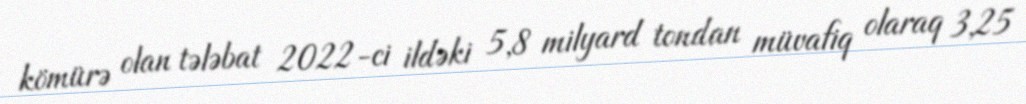
kömürə olan tələbat 2022-ci ildəki 5,8 milyard tondan müvafiq olaraq 3,25